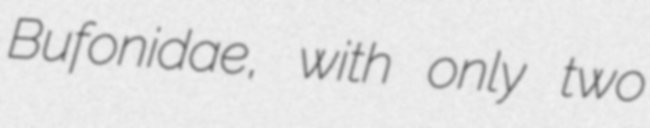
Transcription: Bufonidae, with only two